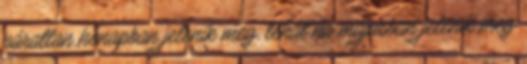
páratlan hónapban jelenik meg, tehát ha májusban jelenik meg